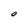
Character: O